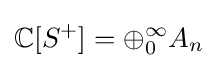
\mathbb {C} [S^{+}]=\oplus _{0}^{\infty }A_{n}